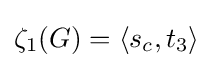
\zeta _{1}(G)=\langle s_{c},t_{3}\rangle